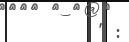
" :